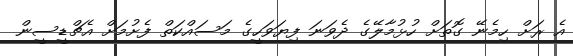
އެ ރަށް ހިމެނޭ ގޮތަށް ހުޅުމާލޭގެ ދެވަނަ ފިޔަވަހީގެ މަސައްކަތް ފެށުމަށް އެޗްޑީސީން